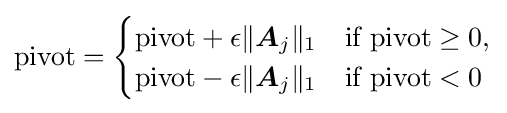
\mathrm {pivot} ={\begin{cases}\mathrm {pivot} +\epsilon \lVert {\boldsymbol {A}}_{j}\rVert _{1}&{\text{if }}\mathrm {pivot} \geq 0{\text{,}}\\\mathrm {pivot} -\epsilon \lVert {\boldsymbol {A}}_{j}\rVert _{1}&{\text{if }}\mathrm {pivot} <0\end{cases}}